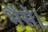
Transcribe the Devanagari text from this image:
भैंसे।